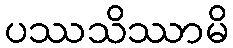
ပဿသိဿာမိ